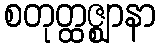
စတုတ္ထဇ္ဈာနာ